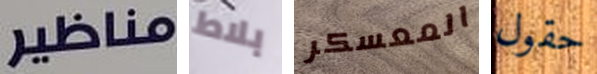
مناظير بلاط المعسكر حقول